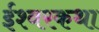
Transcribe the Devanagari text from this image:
ईश्वरकथा